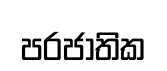
පරජාතික